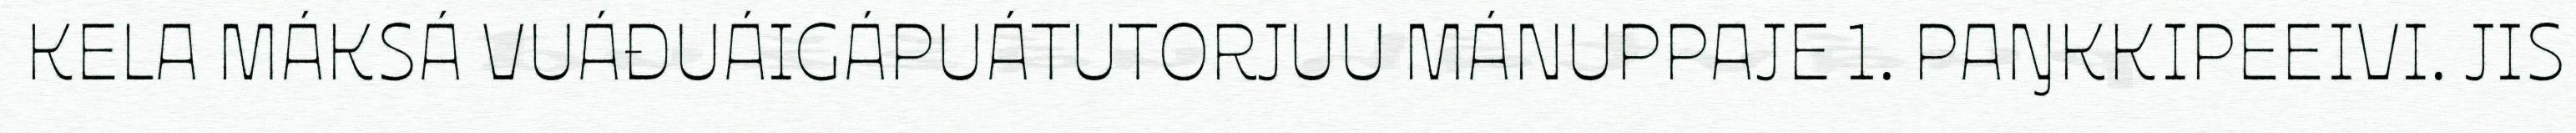
KELA MÁKSÁ VUÁĐUÁIGÁPUÁTUTORJUU MÁNUPPAJE 1. PAŊKKIPEEIVI. JIS